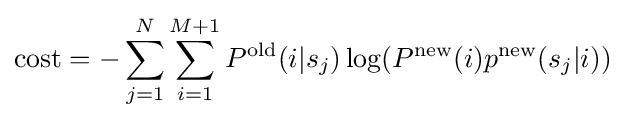
\operatorname {cost} =-\sum _{j=1}^{N}\sum _{i=1}^{M+1}P^{\text{old}}(i|s_{j})\log(P^{\text{new}}(i)p^{\text{new}}(s_{j}|i))